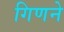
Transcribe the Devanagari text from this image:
गिणने